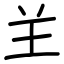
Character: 𦍌